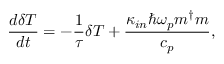
\frac { d \delta T } { d t } = - \frac { 1 } { \tau } \delta T + \frac { \kappa _ { i n } \hbar \omega _ { p } m ^ { \dagger } m } { c _ { p } } ,